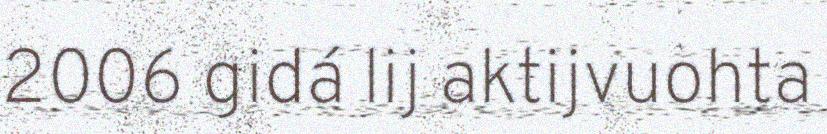
2006 gidá lij aktijvuohta